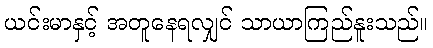
ယင်းမာနှင့် အတူနေရလျှင် သာယာကြည်နူးသည်။